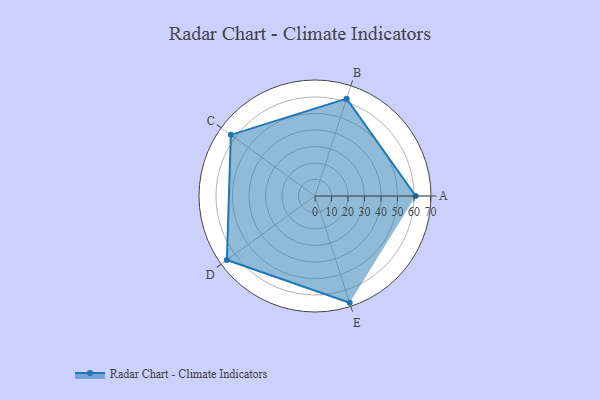
{"axis": {"x": "Skill", "y": "Score"}, "legend": ["Profile"], "data": [{"x": "A", "y": 61.0, "type": "Profile"}, {"x": "B", "y": 62.0, "type": "Profile"}, {"x": "C", "y": 63.0, "type": "Profile"}, {"x": "D", "y": 66.0, "type": "Profile"}, {"x": "E", "y": 68.0, "type": "Profile"}]}